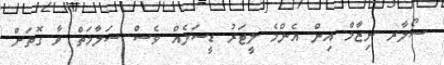
ސޯލާރ ނިޒާމް އިން އެންމެ ލީޓަރު ޑީސަލެއް ވެސް ސަލާމަތް ވާ ގޮތަށް